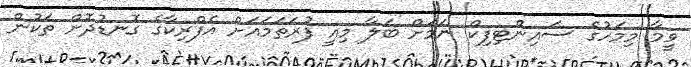
ވީމާ މިމަހުގެ ސައިންޓިފިކް ނަމަށް ބަލާ މިއީ ފުރަތަމައަށް އެފްރިކާގެ ގޮނޑުދޮށް ތަކުން